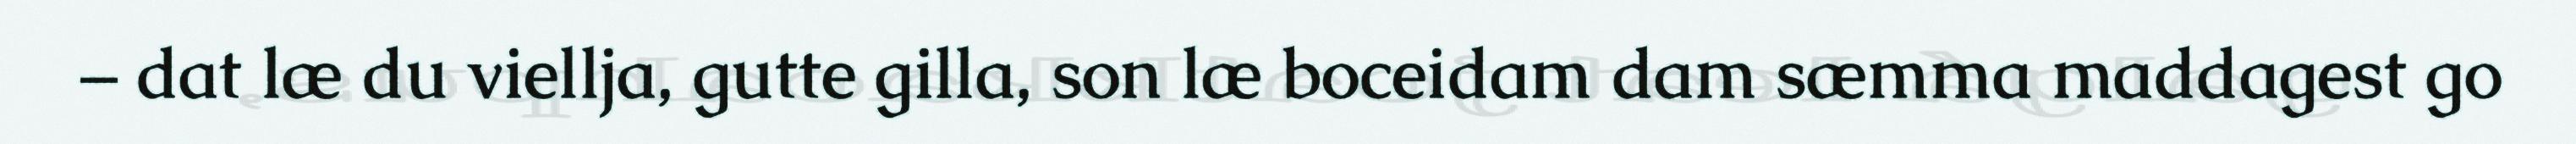
– dat læ du viellja, gutte gilla, son læ boceidam dam sæmma maddagest go